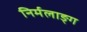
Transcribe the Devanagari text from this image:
निर्मलाङ्ग